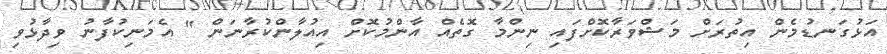
އަޅުގަނޑުމެން އިތުރަށް މަޝްވަރާކޮށްފައި ނިންމާ ގޮތެއް އާންމުކޮށް އިއުލާންކުރާނަން " އެމަނިކުފާނު ވިދާޅުވި